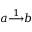
a { \overset { 1 } { \longrightarrow } } b